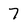
Character: 7